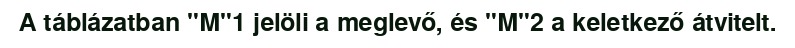
A táblázatban "M"1 jelöli a meglevő, és "M"2 a keletkező átvitelt.